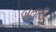
બતાઉ